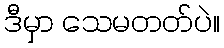
ဒီမှာ သေမတတ်ပဲ။